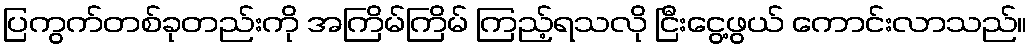
ပြကွက်တစ်ခုတည်းကို အကြိမ်ကြိမ် ကြည့်ရသလို ငြီးငွေ့ဖွယ် ကောင်းလာသည်။